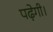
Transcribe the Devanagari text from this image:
पढ़ेगी।